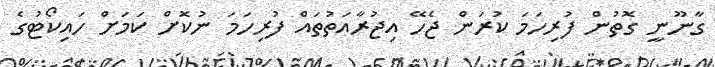
ގާނޫނީ ގޮތުން ފުރިހަމަ ކުރަން ޖެހޭ އިޖުރާއަތުތައް ފުރިހަމަ ނުކޮށް ކަމަށް ހައިކޯޓުގެ